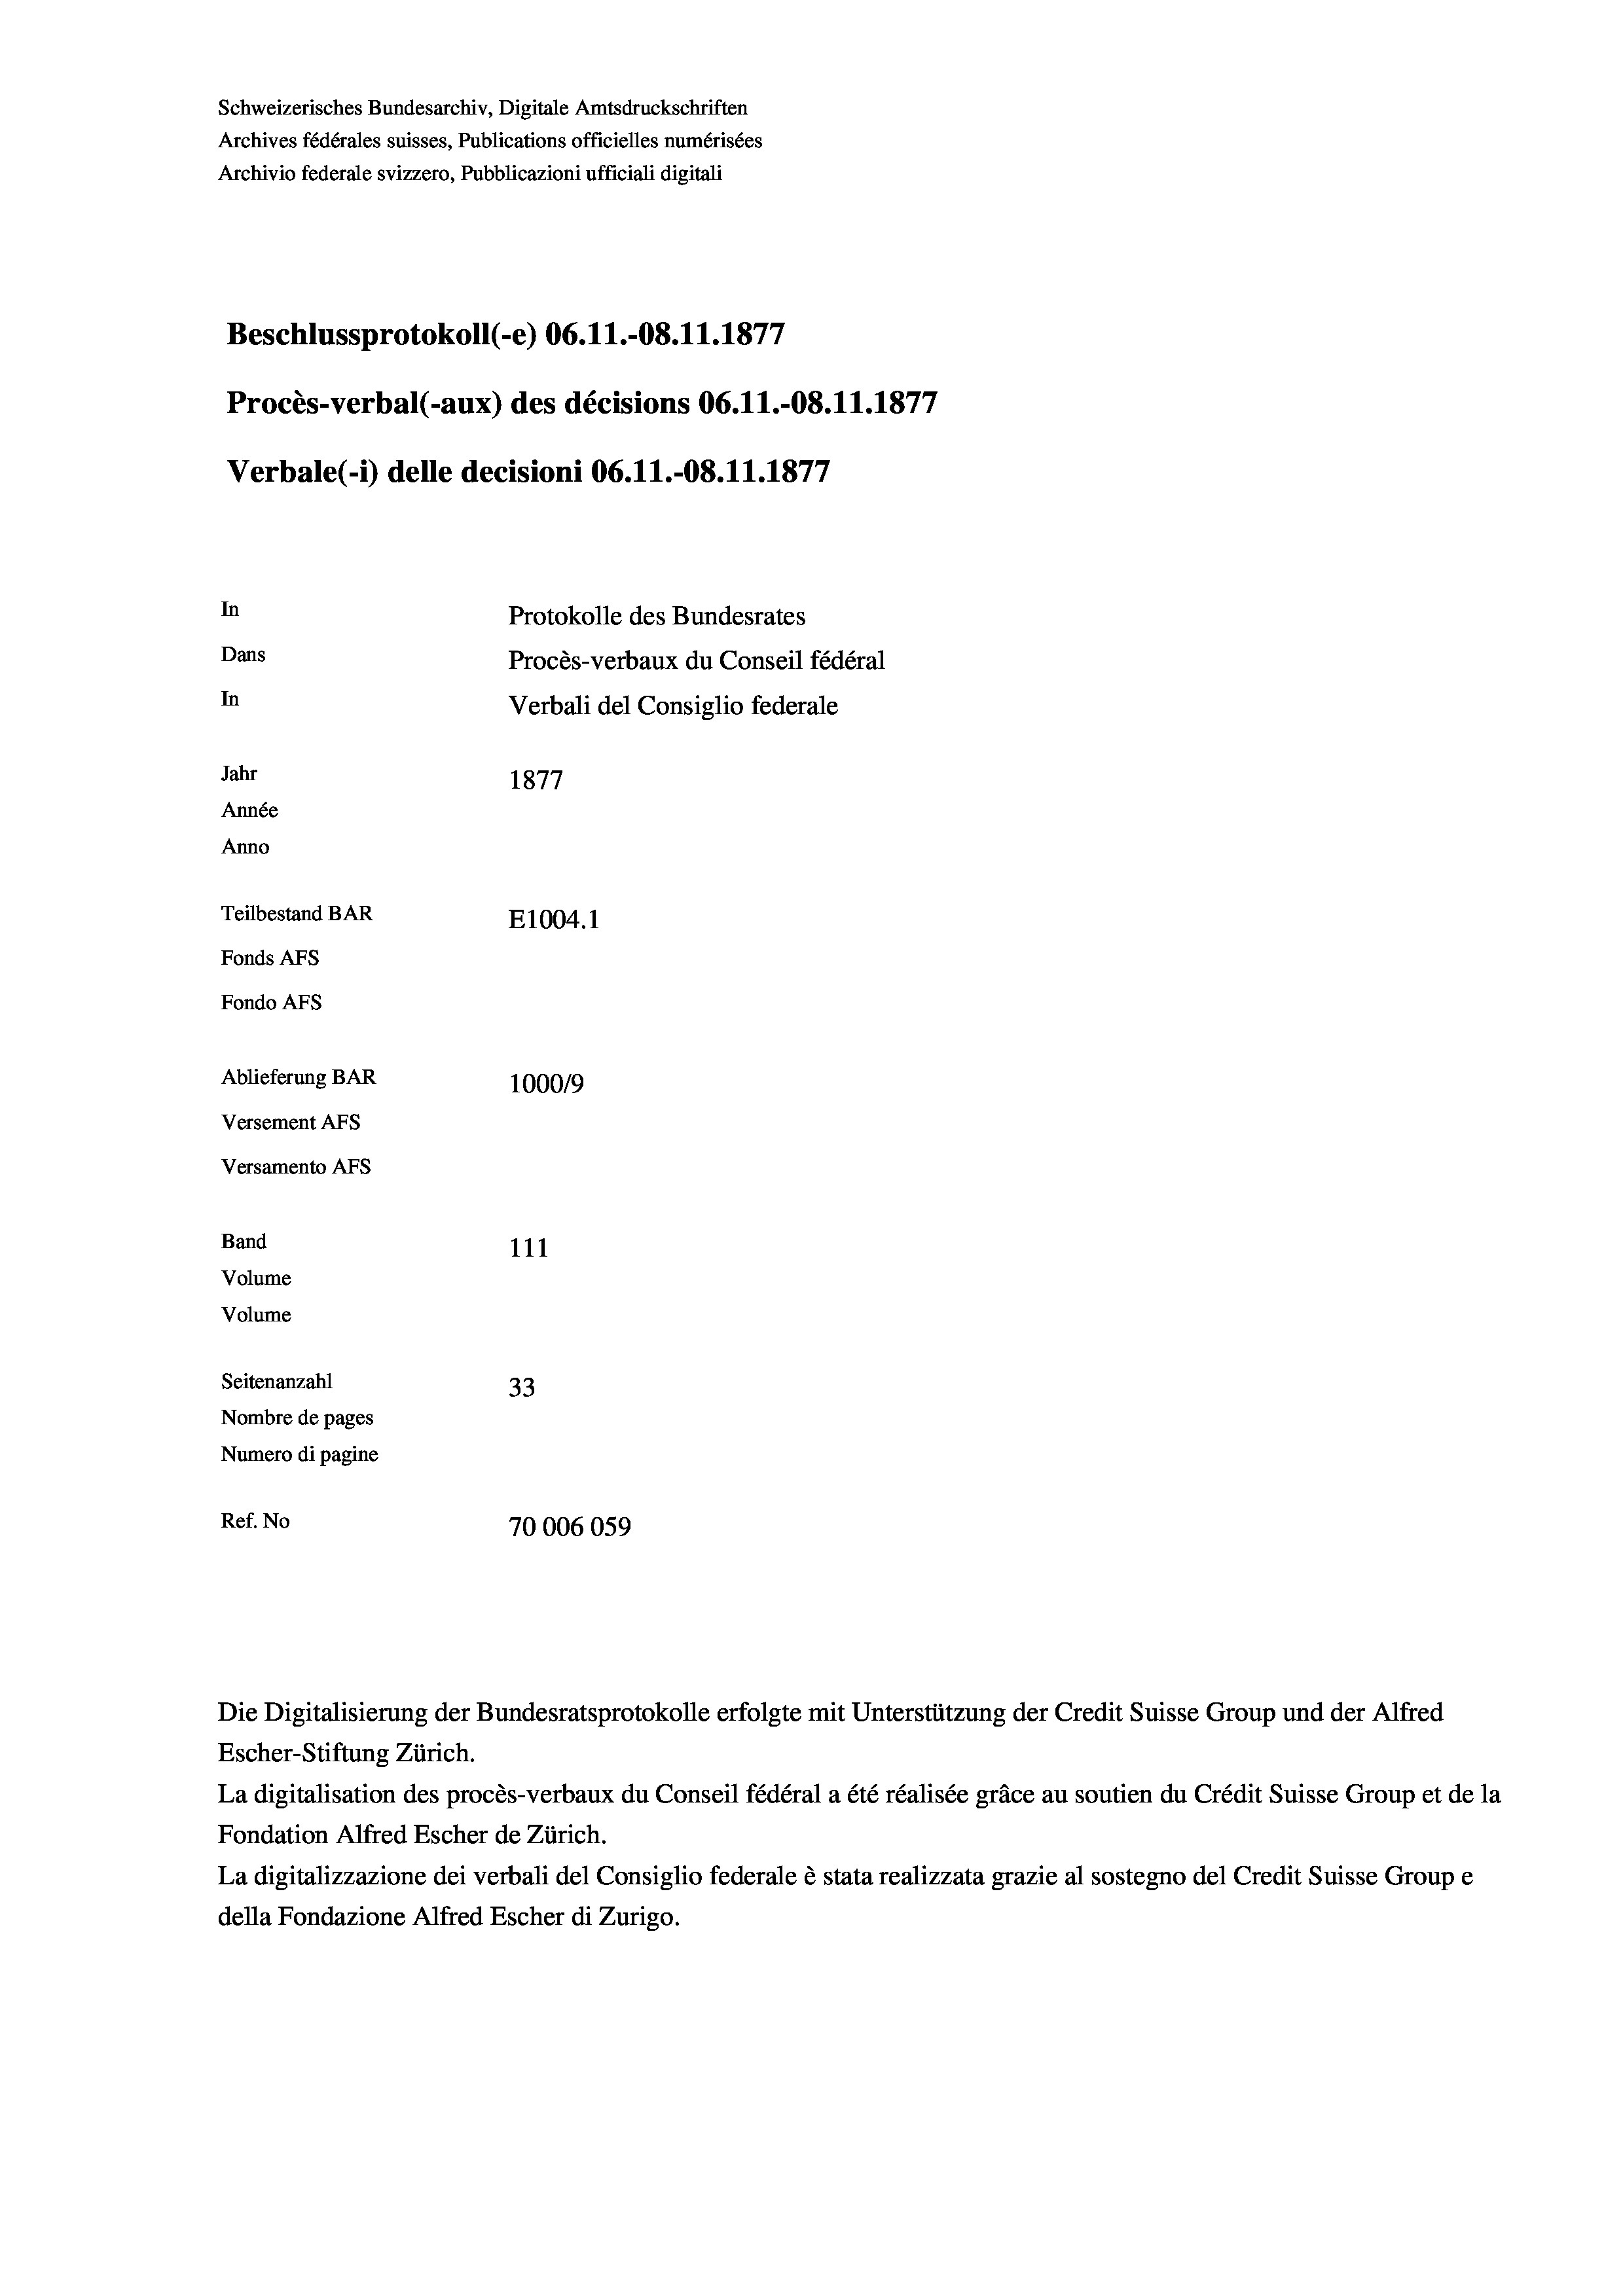
Schweizerisches Bundesarchiv, Digitale Amtsdruckschriften
Archives fédérales suisses, Publications officielles numérisées
Archivio federale svizzero, Pubblicazioni ufficiali digitali
Beschlussprotokoll (-e) 06.11.-08.11.1877
Procès-verbal (-aux) des décisions 06.11.-08.11.1877
Verbale (- 1) delle decisioni 06. 11.-08.11.1877
In
Protokolle des Bundesrates
Dans
Procès-verbaux du Conseil fédéral
In
Verbali del Consiglio federale
Jahr
1877
Année
Anno
Teilbestand BAR
E1004. 1
Fonds AFs
Fondo AFS
Ablieferung BAR
100019
Versement AFs
Versamento AFS
Band
111
Volume
Volume
Seitenanzahl
33
Nombre de pages
Numero di pagine
Ref. No
70006059

Die Digitalisierung der Bundesratsprotokolle erfolgte mit Unterstützung der Credit Suisse Group und der Alfred

Escher-Stiftung Zürich.
La digitalisation des procès-verbaux du Conseil fédéral a été réalisée gräce au soutien du Crédit Suisse Group et de la
Fondation Alfred Escher de Zürich.
La digitalizzazione dei verbali del Consiglio federale è stata realizzata grazie al sostegno del Credit Suisse Groupe
della Fondazione Alfred Escher di Zurigo.